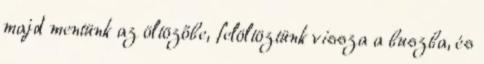
majd mentünk az öltözőbe, felöltöztünk vissza a buszba, és